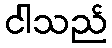
ငါသည်